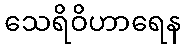
သေရိဝိဟာရေန